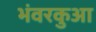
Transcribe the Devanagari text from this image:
भंवरकुआ